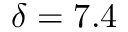
\delta = 7 . 4